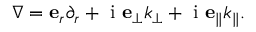
\begin{array} { r } { \nabla = \mathbf { e } _ { r } \partial _ { r } + \mathrm { ~ i ~ } \mathbf { e } _ { \perp } k _ { \perp } + \mathrm { ~ i ~ } \mathbf { e } _ { \parallel } k _ { \parallel } . } \end{array}